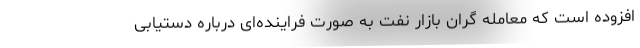
افزوده است که معامله گران بازار نفت به صورت فراینده‌ای درباره دستیابی